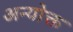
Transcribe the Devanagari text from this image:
अन्योक्त